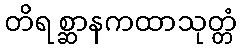
တိရစ္ဆာနကထာသုတ္တံ